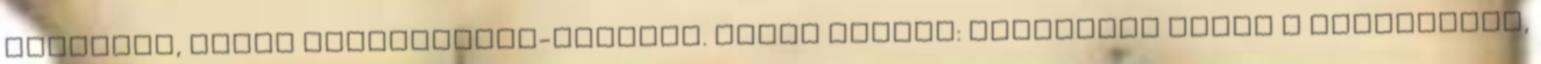
szavazás, hanem közvélemény-kutatás. Tüttő István: Vállaljuk annak a kockázatát,